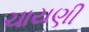
ચાયણી